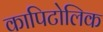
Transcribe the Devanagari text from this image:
कापिटोलिक